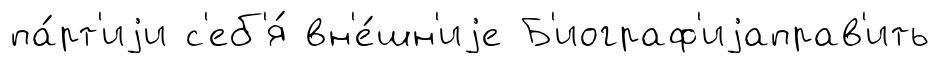
па́рт'иjи с'еб'я́ вн'е́шн'иjе Б'иограф'иjаправ'ить